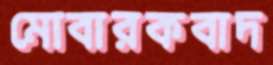
মোবারকবাদ